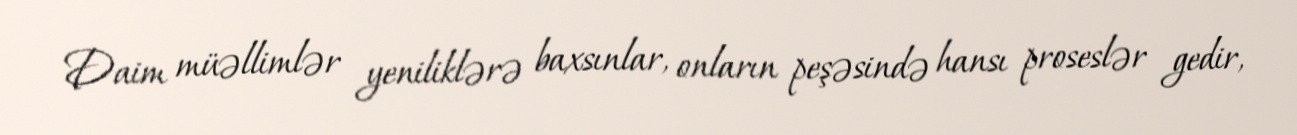
Daim müəllimlər yeniliklərə baxsınlar, onların peşəsində hansı proseslər gedir,